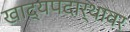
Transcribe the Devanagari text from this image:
खाद्यपदार्थावर